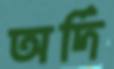
অর্দি